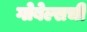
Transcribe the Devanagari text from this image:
गोबेल्सची